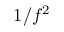
1 / f ^ { 2 }